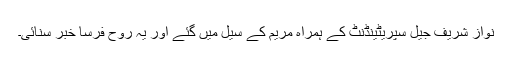
نواز شریف جیل سپریٹینڈنٹ کے ہمراہ مریم کے سیل میں گئے اور یہ روح فرسا خبر سنائی۔